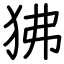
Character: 狒